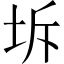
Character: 坼